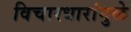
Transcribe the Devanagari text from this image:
विचारधारांमुळे